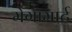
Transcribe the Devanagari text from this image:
मेगामार्ट